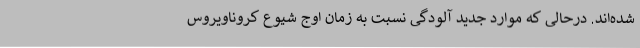
شده‌اند. درحالی که موارد جدید آلودگی نسبت به زمان اوج شیوع کروناویروس